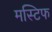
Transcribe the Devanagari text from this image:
मस्टिफ